Vaccination North-Western Provinces 1866-1877 - 1866-1877
Year: 1866
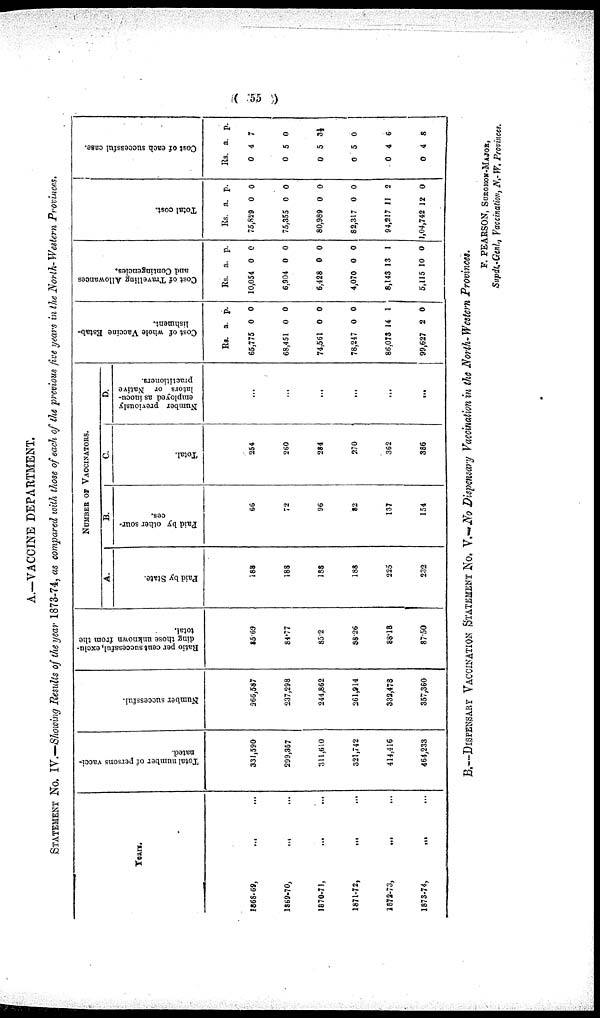
( 55 )
A.—VACCINE DEPARTMENT.
STATEMENT No. IV.—Showing Results of the year 1873-74, as compared with those of each of the previous five years in the North- Western Provinces.
Years.
1868-69, ... ...
1869-70, ... ...
1870-71, ... ...
1871-72, ... ...
1872-73, ... ...
1873-74, ... ...
Total number of persons vacci-
nated.
331,590
299,357
311,610
321,742
414,416
464,233
Number successful.
266,587
237,298
244,862
261,914
332,478
357,360
Ratio per cent successful, exclu-
ding those unknown from the
total.
85.69
84.77
85.2
88.26
88.18
87.50
NUMBER OF VACCINATORS.
A.
Paid by State.
188
188
168
188
225
232
B.
Paid by other sour-
ces.
66
72
96
82
137
154
C.
Total.
254
260
284
270
362
386
D.
Number previously
employed as inoculators or Native
practitioners.
...
...
...
...
...
...
Cost of whole Vaccine Estab-
lishment.
Rs.
65,775
68,451
74,561
78,247
86,073
99,627
a.
0
0
0
0
14
2
p.
0
0
0
0
1
0
Cost of Travelling Allowances
and Contingencies.
Rs.
10,054
6,904
6,428
4,070
8,143
5,115
a.
0
0
0
0
13
10
p.
0
0
0
0
1
0
Total cost.
Rs.
75,829
75,355
80,989
82,317
94,217
1,04,742
a.
0
0
0
0
11
12
p.
0
0
0
0
2
0
Cost of each successful case.
Rs
0
0
0
0
0
0
a.
4
5
5
5
4
4
p.
7
0
3½
0
6
8
B.—DISPENSARY VACCINATION STATEMENT No. V.—No Dispensary Vaccination in the North-Western Provinces.
F. PEARSON, SURGEON-MAJOR,
Supdt.-Genl., Vaccination, N.- W. Provinces.